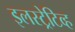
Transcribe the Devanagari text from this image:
इलस्ट्रेटिव्ह